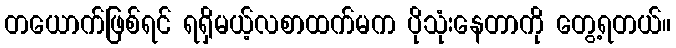
တယောက်ဖြစ်ရင် ရရှိမယ့်လစာထက်မက ပိုသုံးနေတာကို တွေ့ရတယ်။